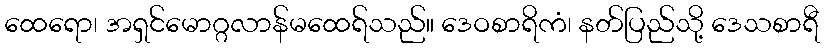
ထေရော၊ အရှင်မောဂ္ဂလာန်မထေရ်သည်။ ဒေဝစာရိကံ၊ နတ်ပြည်သို့ ဒေသစာရီ